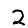
Digit: 2